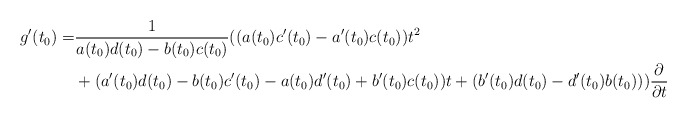
\begin{align*}g'(t_0) =& \frac1{a(t_0)d(t_0) - b(t_0)c(t_0)}((a(t_0)c'(t_0)-a'(t_0)c(t_0))t^2 \\&+ (a'(t_0)d(t_0)-b(t_0)c'(t_0) -a(t_0)d'(t_0)+b'(t_0)c(t_0))t + (b'(t_0)d(t_0)-d'(t_0)b(t_0)))\frac{\partial}{\partial t}\end{align*}